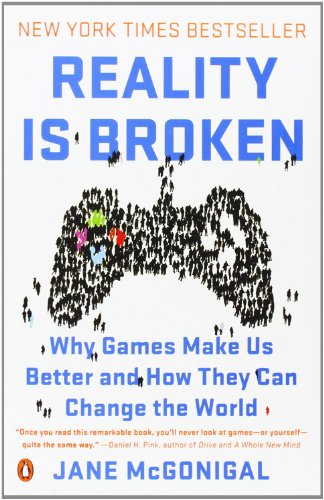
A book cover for Reality Is Broken: Why Games Make Us Better and How They Can Change the World; Jane McGonigal; Humor & Entertainment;